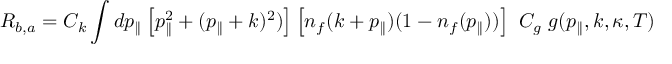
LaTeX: { \cal R } _ { b , a } = { \cal C } _ { k } \int d p _ { \parallel } \left[ p _ { \parallel } ^ { 2 } + ( p _ { \parallel } + k ) ^ { 2 } ) \right] \left[ n _ { f } ( k + p _ { \parallel } ) ( 1 - n _ { f } ( p _ { \parallel } ) ) \right] ~ C _ { g } ~ g ( p _ { \parallel } , k , \kappa , T )